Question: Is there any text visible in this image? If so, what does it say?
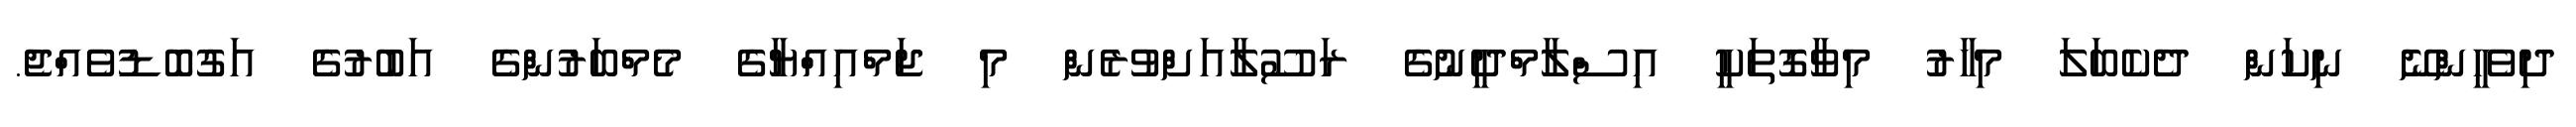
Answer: ދިވެހީންނޭ ނިކަން ދެކެބަލަ މިހާރު މިވާގޮތަކީ އިސްލާމްދީނުގެ ރަސޫލާއަށްވުރެން މި ޖަމްއިއްޔާގެ މެމްބަރުންގެ އަބުރުގެ އަގުބޮޑުވެއްޖެ.